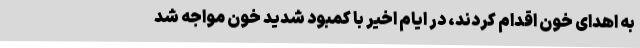
به اهدای خون اقدام کردند، در ایام اخیر با کمبود شدید خون مواجه شد